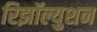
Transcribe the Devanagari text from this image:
रिझॉल्युशन